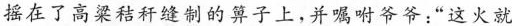
摇在了高梁秸秆缝制的箅子上，并嘱咐爷爷:“这火就